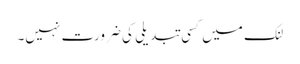
لنک میں کسی تبدیلی کی ضرورت نہیں۔